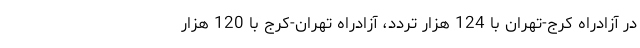
در آزادراه کرج-تهران با 124 هزار تردد، آزادراه تهران-کرج‌ با 120 هزار